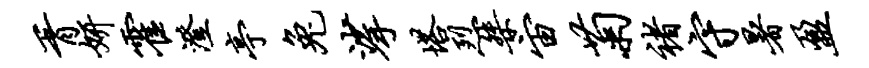
胥妍霍澄亭兔挲塔烈桀宙菊褚守暑盈